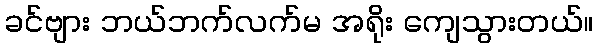
ခင်ဗျား ဘယ်ဘက်လက်မ အရိုး ကျေသွားတယ်။